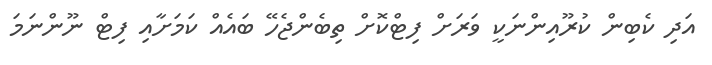
އަދި ކެބިން ކުރޫއިންނަކީ ވަރަށް ފިޓްކޮށް ތިބެންޖެހޭ ބައެއް ކަމަށާއި ފިޓް ނޫންނަމަ